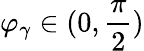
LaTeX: \varphi_{\gamma}\in(0,\frac{\pi}{2})